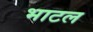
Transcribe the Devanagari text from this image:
भाटल